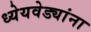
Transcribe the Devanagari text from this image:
ध्येयवेड्यांना